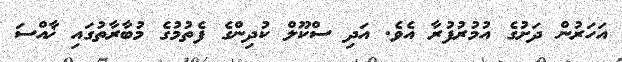
އަހަރުން ދަށުގެ އުމުރުފުރާ އެވެ. އަދި ސްކޫލް ކުދިންގެ ފެތުމުގެ މުބާރާތުގައި ޚާއްސަ